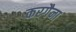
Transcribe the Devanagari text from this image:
करगैना